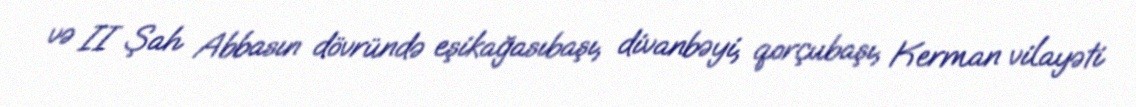
və II Şah Abbasın dövründə eşikağasıbaşı, divanbəyi, qorçubaşı, Kerman vilayəti